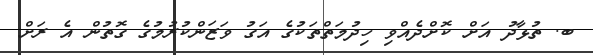
ބ. ތުޅާދު އަށް ކޮށްދެއްވި ހިދުމަތްތަކުގެ އަގު ވަޒަންކުރުމުގެ ގޮތުން އެ ރަށް